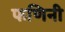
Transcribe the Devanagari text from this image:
फणिनी